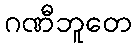
ဂဏီဘူတေ